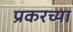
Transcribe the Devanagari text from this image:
प्रकरच्या